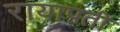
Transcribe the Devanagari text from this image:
रायापती